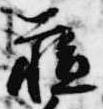
蘓